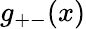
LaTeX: g_{+-}(x)